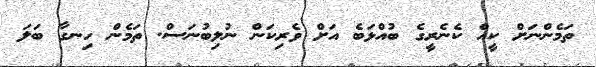
ތަމެންނަށް ކީއް ކެނެރީގެ ބުއްޅަބެ އަށް ވެރިކަން ނުލިބުނަސް. ތަމެން ހިނގާ ބަލަ